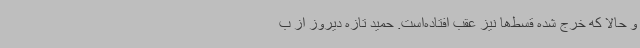
و حالا که خرج شده قسط‌ها نیز عقب افتاده‌است. حمید تازه دیروز از ب